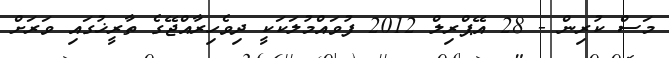
މަސް ކުރިން - 28 އޭޕްރިލް 2012 ފުވައްމުލަކަކީ ދިވެހިރާއްޖޭގެ ތާރީޚުގައި ވަރަށް